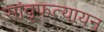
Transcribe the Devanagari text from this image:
सांवृफत्यायन